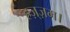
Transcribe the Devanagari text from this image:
हज़्ज़म।